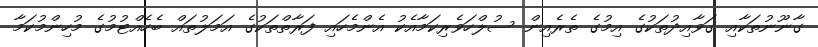
ގާނޫނުތަކާއި ގަވާއިދުތަކުގެ އިމުގެ ތެރެއިން ސުލްހަވެރިކަމާއެކު އެންމެހައި ފަރާތްތަކުގެ އަމަލުތައް ބެހެއްޓުމުގެ މުހިންމުކަމާ